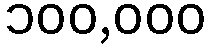
၁၀၀,၀၀၀